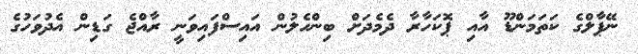
ނޭޕާލްގެ ކަތަމަންޑޫ އާއި ޕޮކަހާރާ ދެމެދަށް ބިންހެލުން އައިސްފައިވަނީ ރާއްޖެ ގަޑިން އެދުވަހުގެ